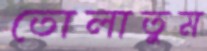
তোলাতুম